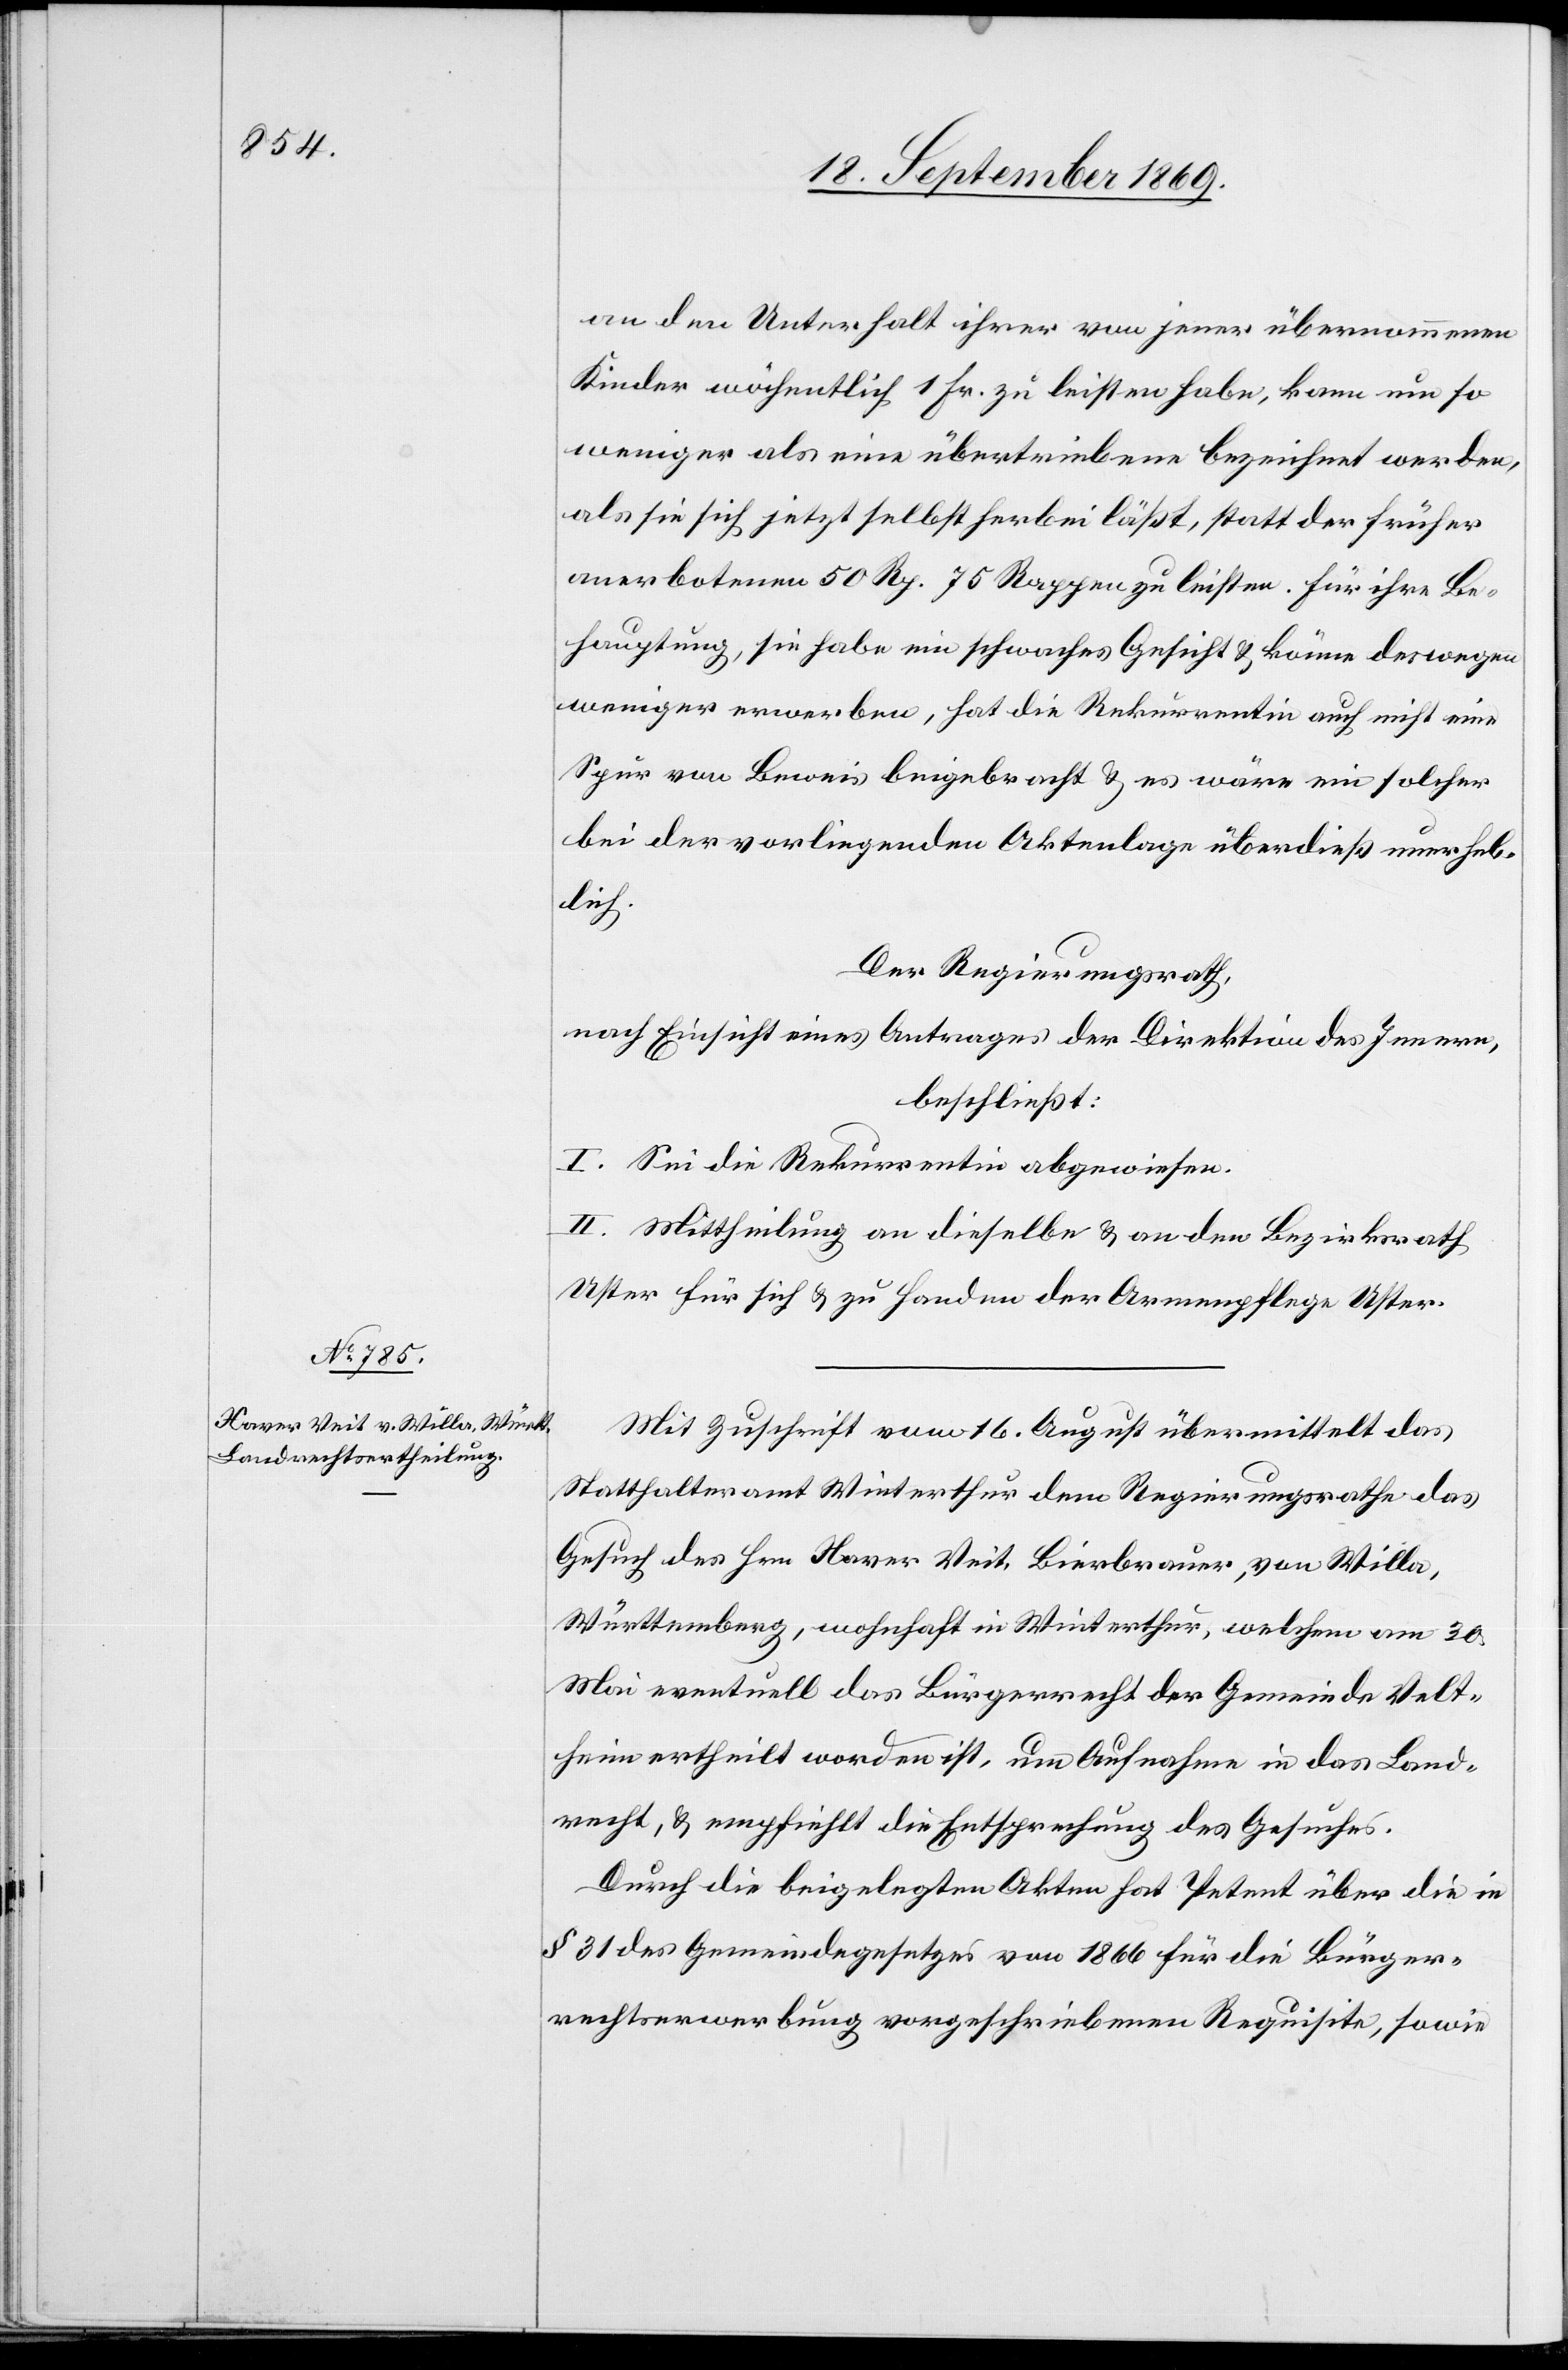
an den Unterhalt ihrer von jener übernommenen
Kinder wöchentlich 1 Fr. zu leisten habe, kann um so
weniger als eine übertriebene bezeichnet werden,
als sie sich jetzt selbst herbei läßt, statt der früher
anerbotenen 50 Rp. 75 Rappen zu leisten. Für ihre Be¬
hauptung, sie habe ein schwaches Gesicht & könne deswegen
weniger erwerben, hat die Rekurrentin auch nicht eine
Spur von Beweis beigebracht & es wäre ein solcher
bei der vorliegenden Aktenlage überdieß unerheb¬
lich.
Der Regierungsrath,
nach Einsicht eines Antrages der Direktion des Innern,
beschließt:
I. Sei die Rekurrentin abgewiesen.
II. Mittheilung an dieselbe & an den Bezirksrath
Uster für sich & zu Handen der Armenpflege Uster.
Mit Zuschrift vom 16. August übermittelt das
Statthalteramt Winterthur dem Regierungsrathe das
Gesuch des Hrn. Xaver Veit, Bierbrauer, von Willa,
Württemberg, wohnhaft in Winterthur, welchem am 30.
Mai eventuell das Bürgerrecht der Gemeinde Velt¬
heim ertheilt worden ist, um Aufnahme in das Land¬
recht, & empfiehlt die Entsprechung des Gesuches.
Durch die beigelegten Akten hat Petent über die in
§ 31 des Gemeindegesetzes von 1866 für die Bürger¬
rechtserwerbung vorgeschriebenen Requisite, sowie